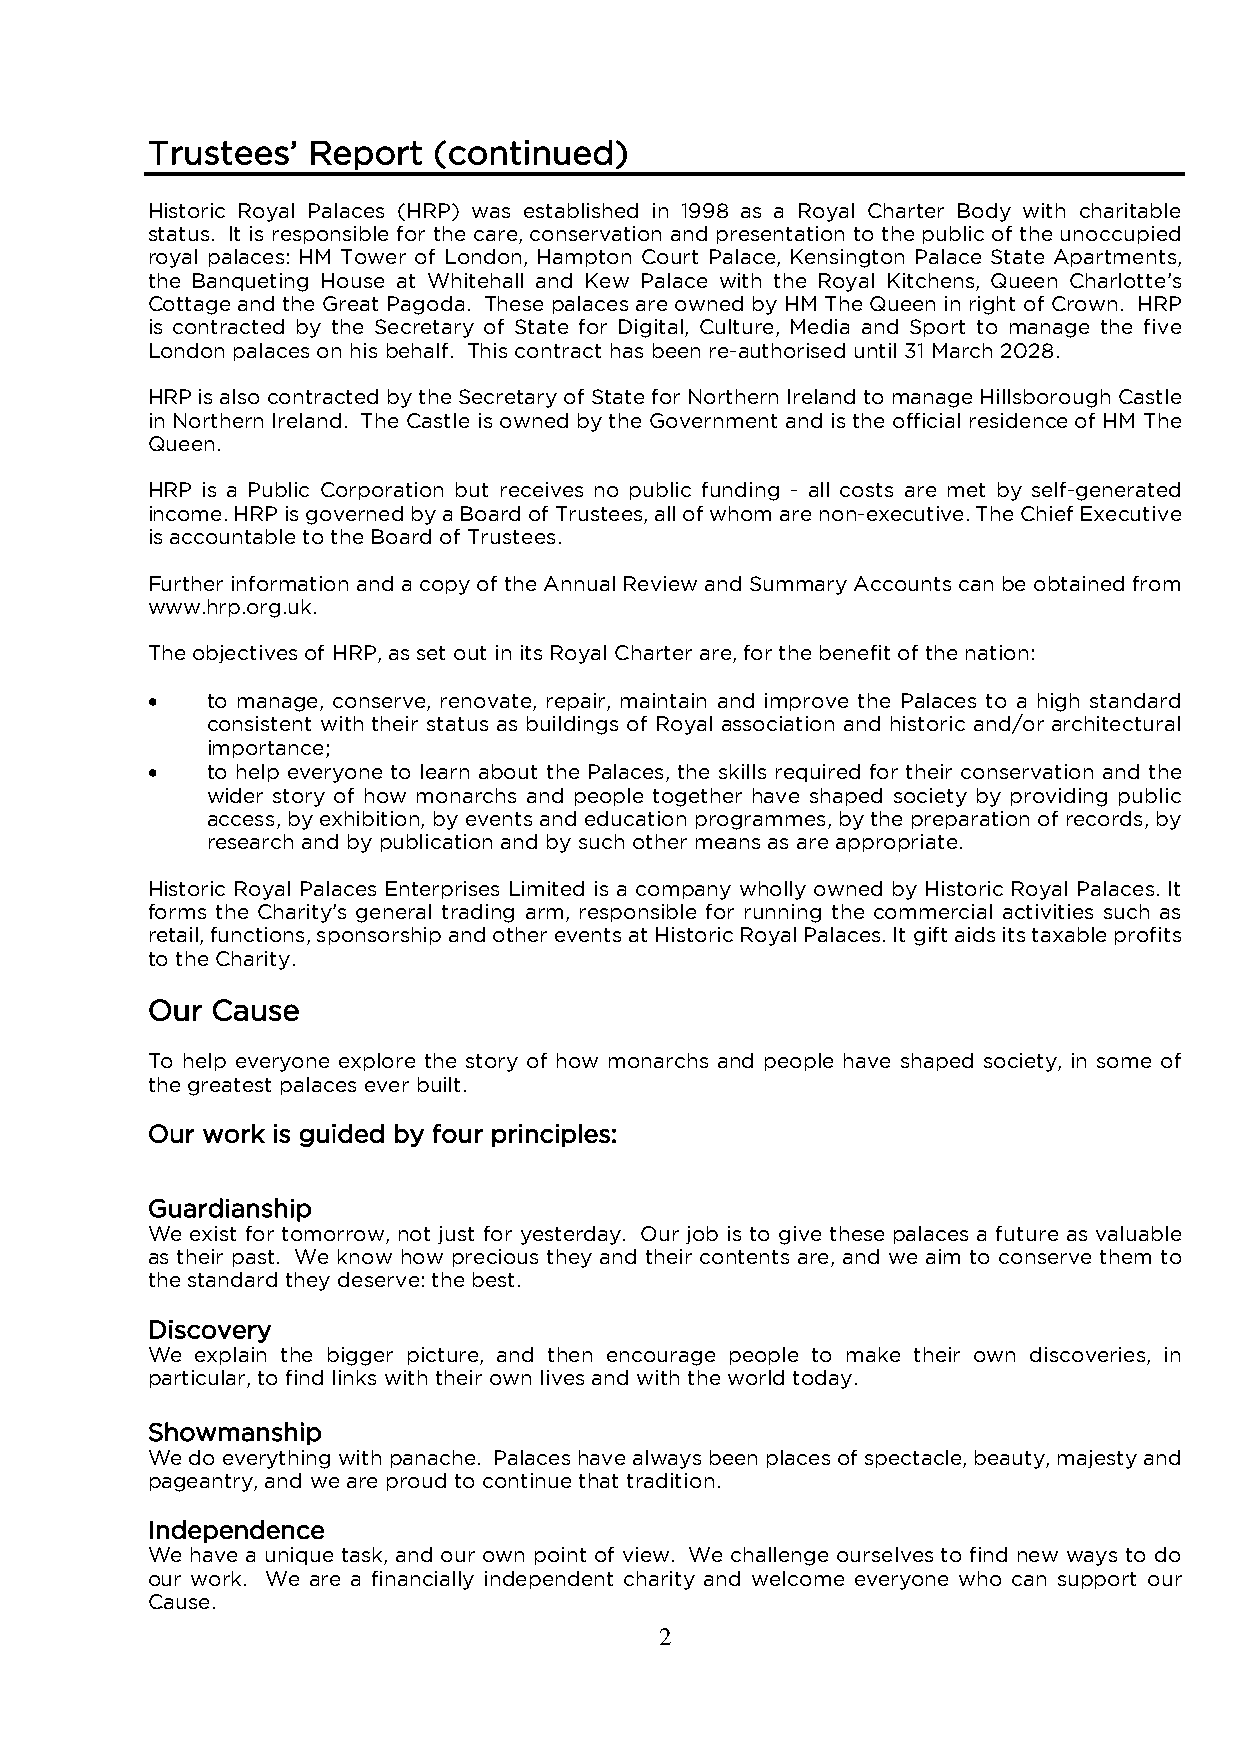
Trustees’ Report   (continued)
 Historic Royal Palaces (HRP) was established in 1998 as a Royal Charter Body with charitable
 status. It is responsible for the care, conservation and presentation to the public of the unoccupied
 royal palaces: HM Tower of London, Hampton Court Palace, Kensington Palace State Apartments,
 the Banqueting House at Whitehall and Kew Palace with the Royal Kitchens, Queen Charlotte’s
 Cottage and the Great Pagoda. These palaces are owned by HM The Queen in right of Crown. HRP
 is contracted by the Secretary of State for Digital, Culture, Media and Sport to manage the five
 London palaces on his behalf. This contract has been re-authorised until 31 March 2028.
 HRP is also contracted by the Secretary of State for Northern Ireland to manage Hillsborough Castle
 in Northern Ireland. The Castle is owned by the Government and is the official residence of HM The
 Queen.
 HRP is a Public Corporation but receives no public funding - all costs are met by self-generated
 income. HRP is governed by a Board of Trustees, all of whom are non-executive. The Chief Executive
 is accountable to the Board of Trustees.
 Further information and a copy of the Annual Review and Summary Accounts can be obtained from
 www.hrp.org.uk.
 The objectives of HRP, as set out in its Royal Charter are, for the benefit of the nation:
 •   to manage, conserve, renovate, repair, maintain and improve the Palaces to a high standard
 consistent with their status as buildings of Royal association and historic and/or architectural
 importance;
 •   to help everyone to learn about the Palaces, the skills required for their conservation and the
 wider story of how monarchs and people together have shaped society by providing public
 access, by exhibition, by events and education programmes, by the preparation of records, by
 research and by publication and by such other means as are appropriate.
 Historic Royal Palaces Enterprises Limited is a company wholly owned by Historic Royal Palaces. It
 forms the Charity’s general trading arm, responsible for running the commercial activities such as
 retail, functions, sponsorship and other events at Historic Royal Palaces. It gift aids its taxable profits
 to the Charity.
 Our Cause
 To help everyone explore the story of how monarchs and people have shaped society, in some of
 the greatest palaces ever built.
 Our work is guided by four principles:
 Guardianship
 We exist for tomorrow, not just for yesterday. Our job is to give these palaces a future as valuable
 as their past. We know how precious they and their contents are, and we aim to conserve them to
 the standard they deserve: the best.
 Discovery
 We explain the bigger picture, and then encourage people to make their own discoveries, in
 particular, to find links with their own lives and with the world today.
 Showmanship
 We do everything with panache. Palaces have always been places of spectacle, beauty, majesty and
 pageantry, and we are proud to continue that tradition.
 Independence
 We have a unique task, and our own point of view. We challenge ourselves to find new ways to do
 our work. We are a financially independent charity and welcome everyone who can support our
 Cause.
 2